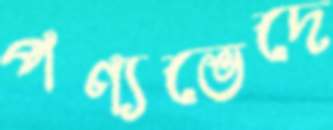
পণ্যভেদে